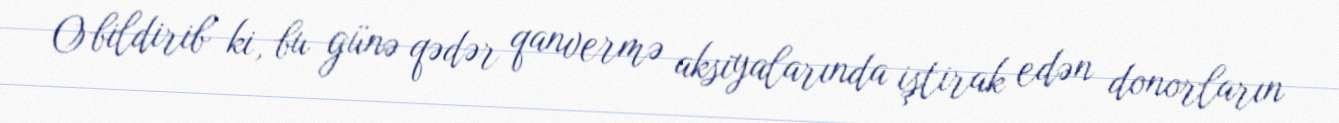
O bildirib ki, bu günə qədər qanvermə aksiyalarında iştirak edən donorların